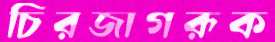
চিরজাগরূক